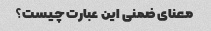
معنای ضمنی این عبارت چیست؟